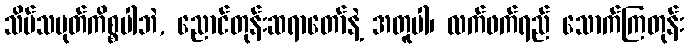
သိမ်သမုတ်ကိစ္စပါဘဲ, ညောင်တုန်းဆရာတော်နဲ့ အတူပါ၊ လက်ဖက်ရည် သောက်ကြတုန်း